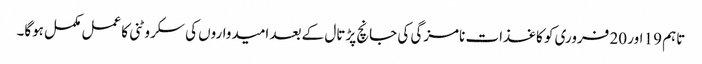
تاہم 19 اور 20 فروری کو کاغذات نامزگی کی جانچ پڑتال کے بعد امیدواروں کی سکروٹنی کا عمل مکمل ہوگا۔